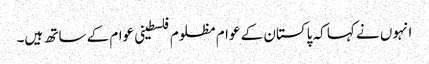
انہوں نے کہا کہ پاکستان کے عوام مظلوم فلسطینی عوام کے ساتھ ہیں۔